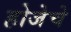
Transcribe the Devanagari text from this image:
होजेचे